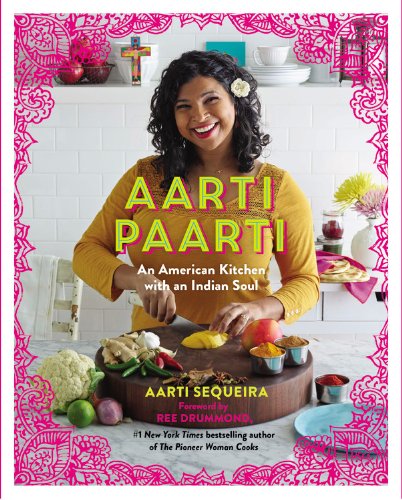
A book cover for Aarti Paarti: An American Kitchen with an Indian Soul; Aarti Sequeira; Cookbooks, Food & Wine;